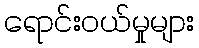
ရောင်းဝယ်မှုများ